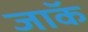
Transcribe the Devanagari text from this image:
जाॅक